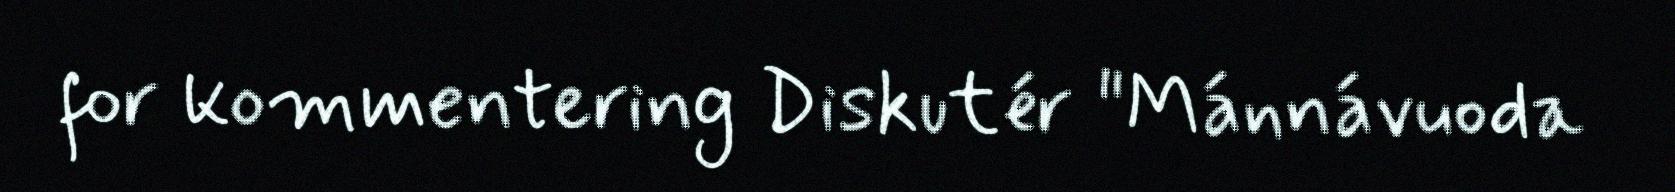
for kommentering Diskutér "Mánnávuoda